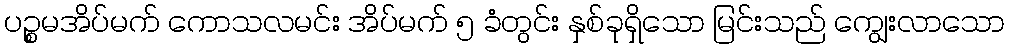
ပဉ္စမအိပ်မက် ကောသလမင်း အိပ်မက် ၅ ခံတွင်း နှစ်ခုရှိသော မြင်းသည် ကျွေးလာသော